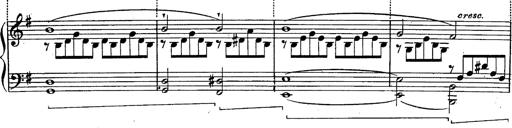
Title: Schubert's Impromptus [revised and edited by Franz Liszt]
Composer: Franz Liszt